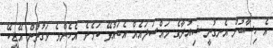
އެ ހިސާބުން އެނގުނީ ޝިއުރާގެ މައްސަލައެއް އެބައުޅޭ ކަމެވެ. އެހެންވެ ވަގުތުން އޭޑީކޭ